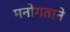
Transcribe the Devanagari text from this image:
मनोगताने